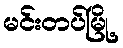
မင်းတပ်မြို့